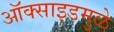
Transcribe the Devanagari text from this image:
ऑक्साइडमुळे